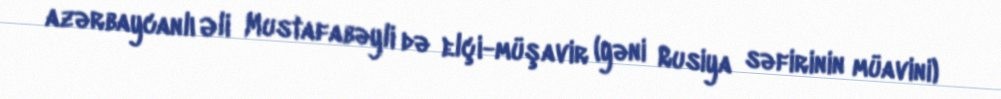
azərbaycanlı Əli Mustafabəyli də elçi-müşavir (yəni Rusiya səfirinin müavini)